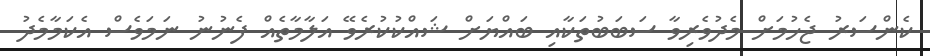
ކެންސަރު ޖެހުމަށް މެދުވެރިވާ ސަބަބުތަކާއި ބައްޔަށް ޝައްކުކުރެވޭ އަލާމާތެއް ފެނުނު ނަމަވެސް އެކަމާމެދު